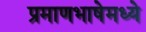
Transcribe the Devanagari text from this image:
प्रमाणभाषेमध्ये